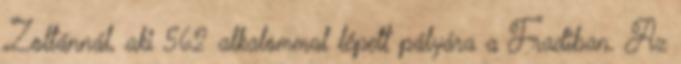
Zoltánnál, aki 562 alkalommal lépett pályára a Fradiban. Az